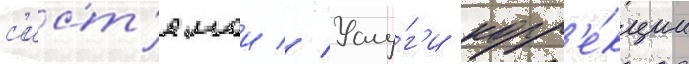
с'ист'емои // Услу́г'и корр'е́кции